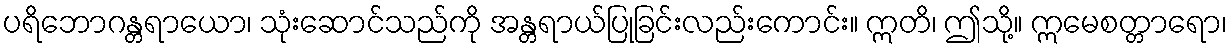
ပရိဘောဂန္တရာယော၊ သုံးဆောင်သည်ကို အန္တရာယ်ပြုခြင်းလည်းကောင်း။ ဣတိ၊ ဤသို့။ ဣမေစတ္တာရော၊